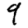
Digit: 9